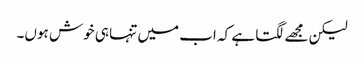
لیکن مجھے لگتا ہے کہ اب میں تنہا ہی خوش ہوں۔